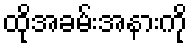
ထိုအခမ်းအနားကို